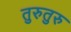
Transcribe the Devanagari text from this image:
तुरुतुरु